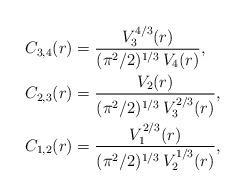
LaTeX: \begin{align*}\begin{aligned}C_{3,4}(r)&=\frac{V_3^{4/3}(r)}{(\pi^2/2)^{1/3}\,V_4(r)},\\C_{2,3}(r)&=\frac{V_2(r)}{(\pi^2/2)^{1/3}\,V_3^{2/3}(r)},\\C_{1,2}(r)&=\frac{V_1^{2/3}(r)}{(\pi^2/2)^{1/3}\,V_2^{1/3}(r)},\end{aligned}\end{align*}